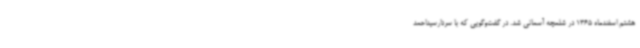
هشتم اسفندماه 1365 در شلمچه آسمانی شد. در گفت‌وگویی که با سردارسیداحمد